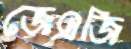
জেএজি